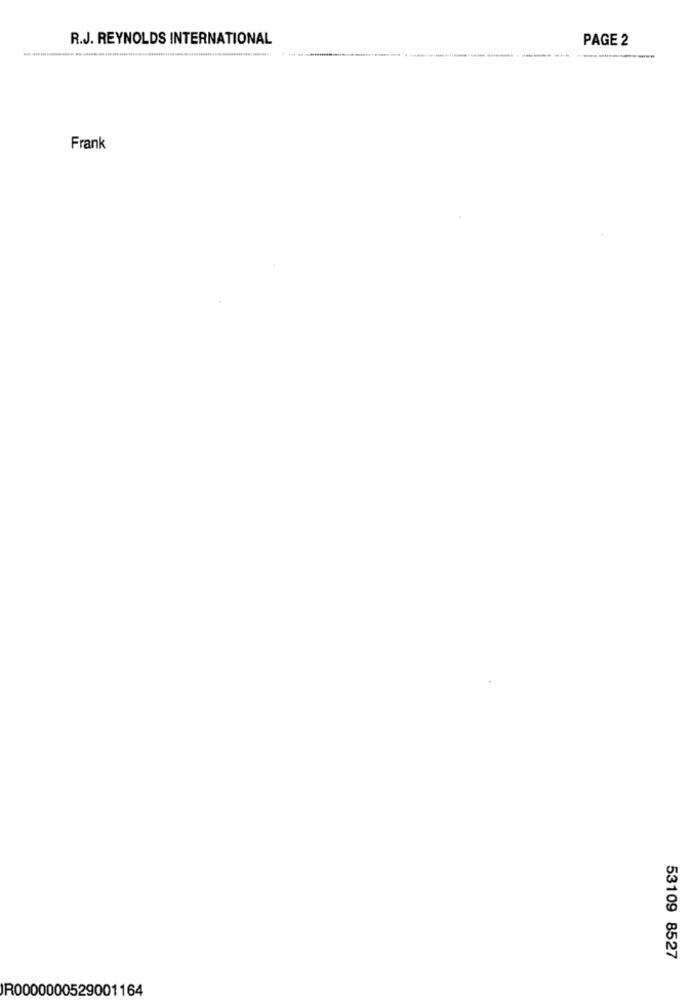
R.J. REYNOLDS INTERNATIONAL
PAGE 2
Frank
53109 8527
IR0000000529001164